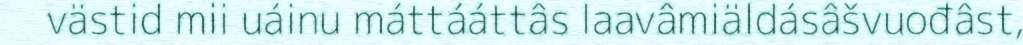
västid mii uáinu máttááttâs laavâmiäldásâšvuođâst,